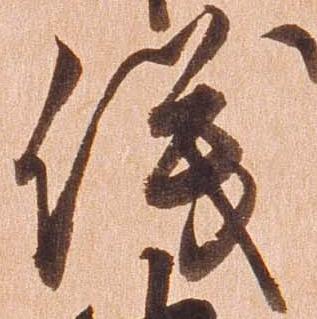
儀